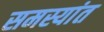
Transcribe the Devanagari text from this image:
समस्यांत